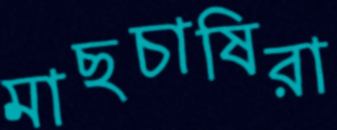
মাছচাষিরা